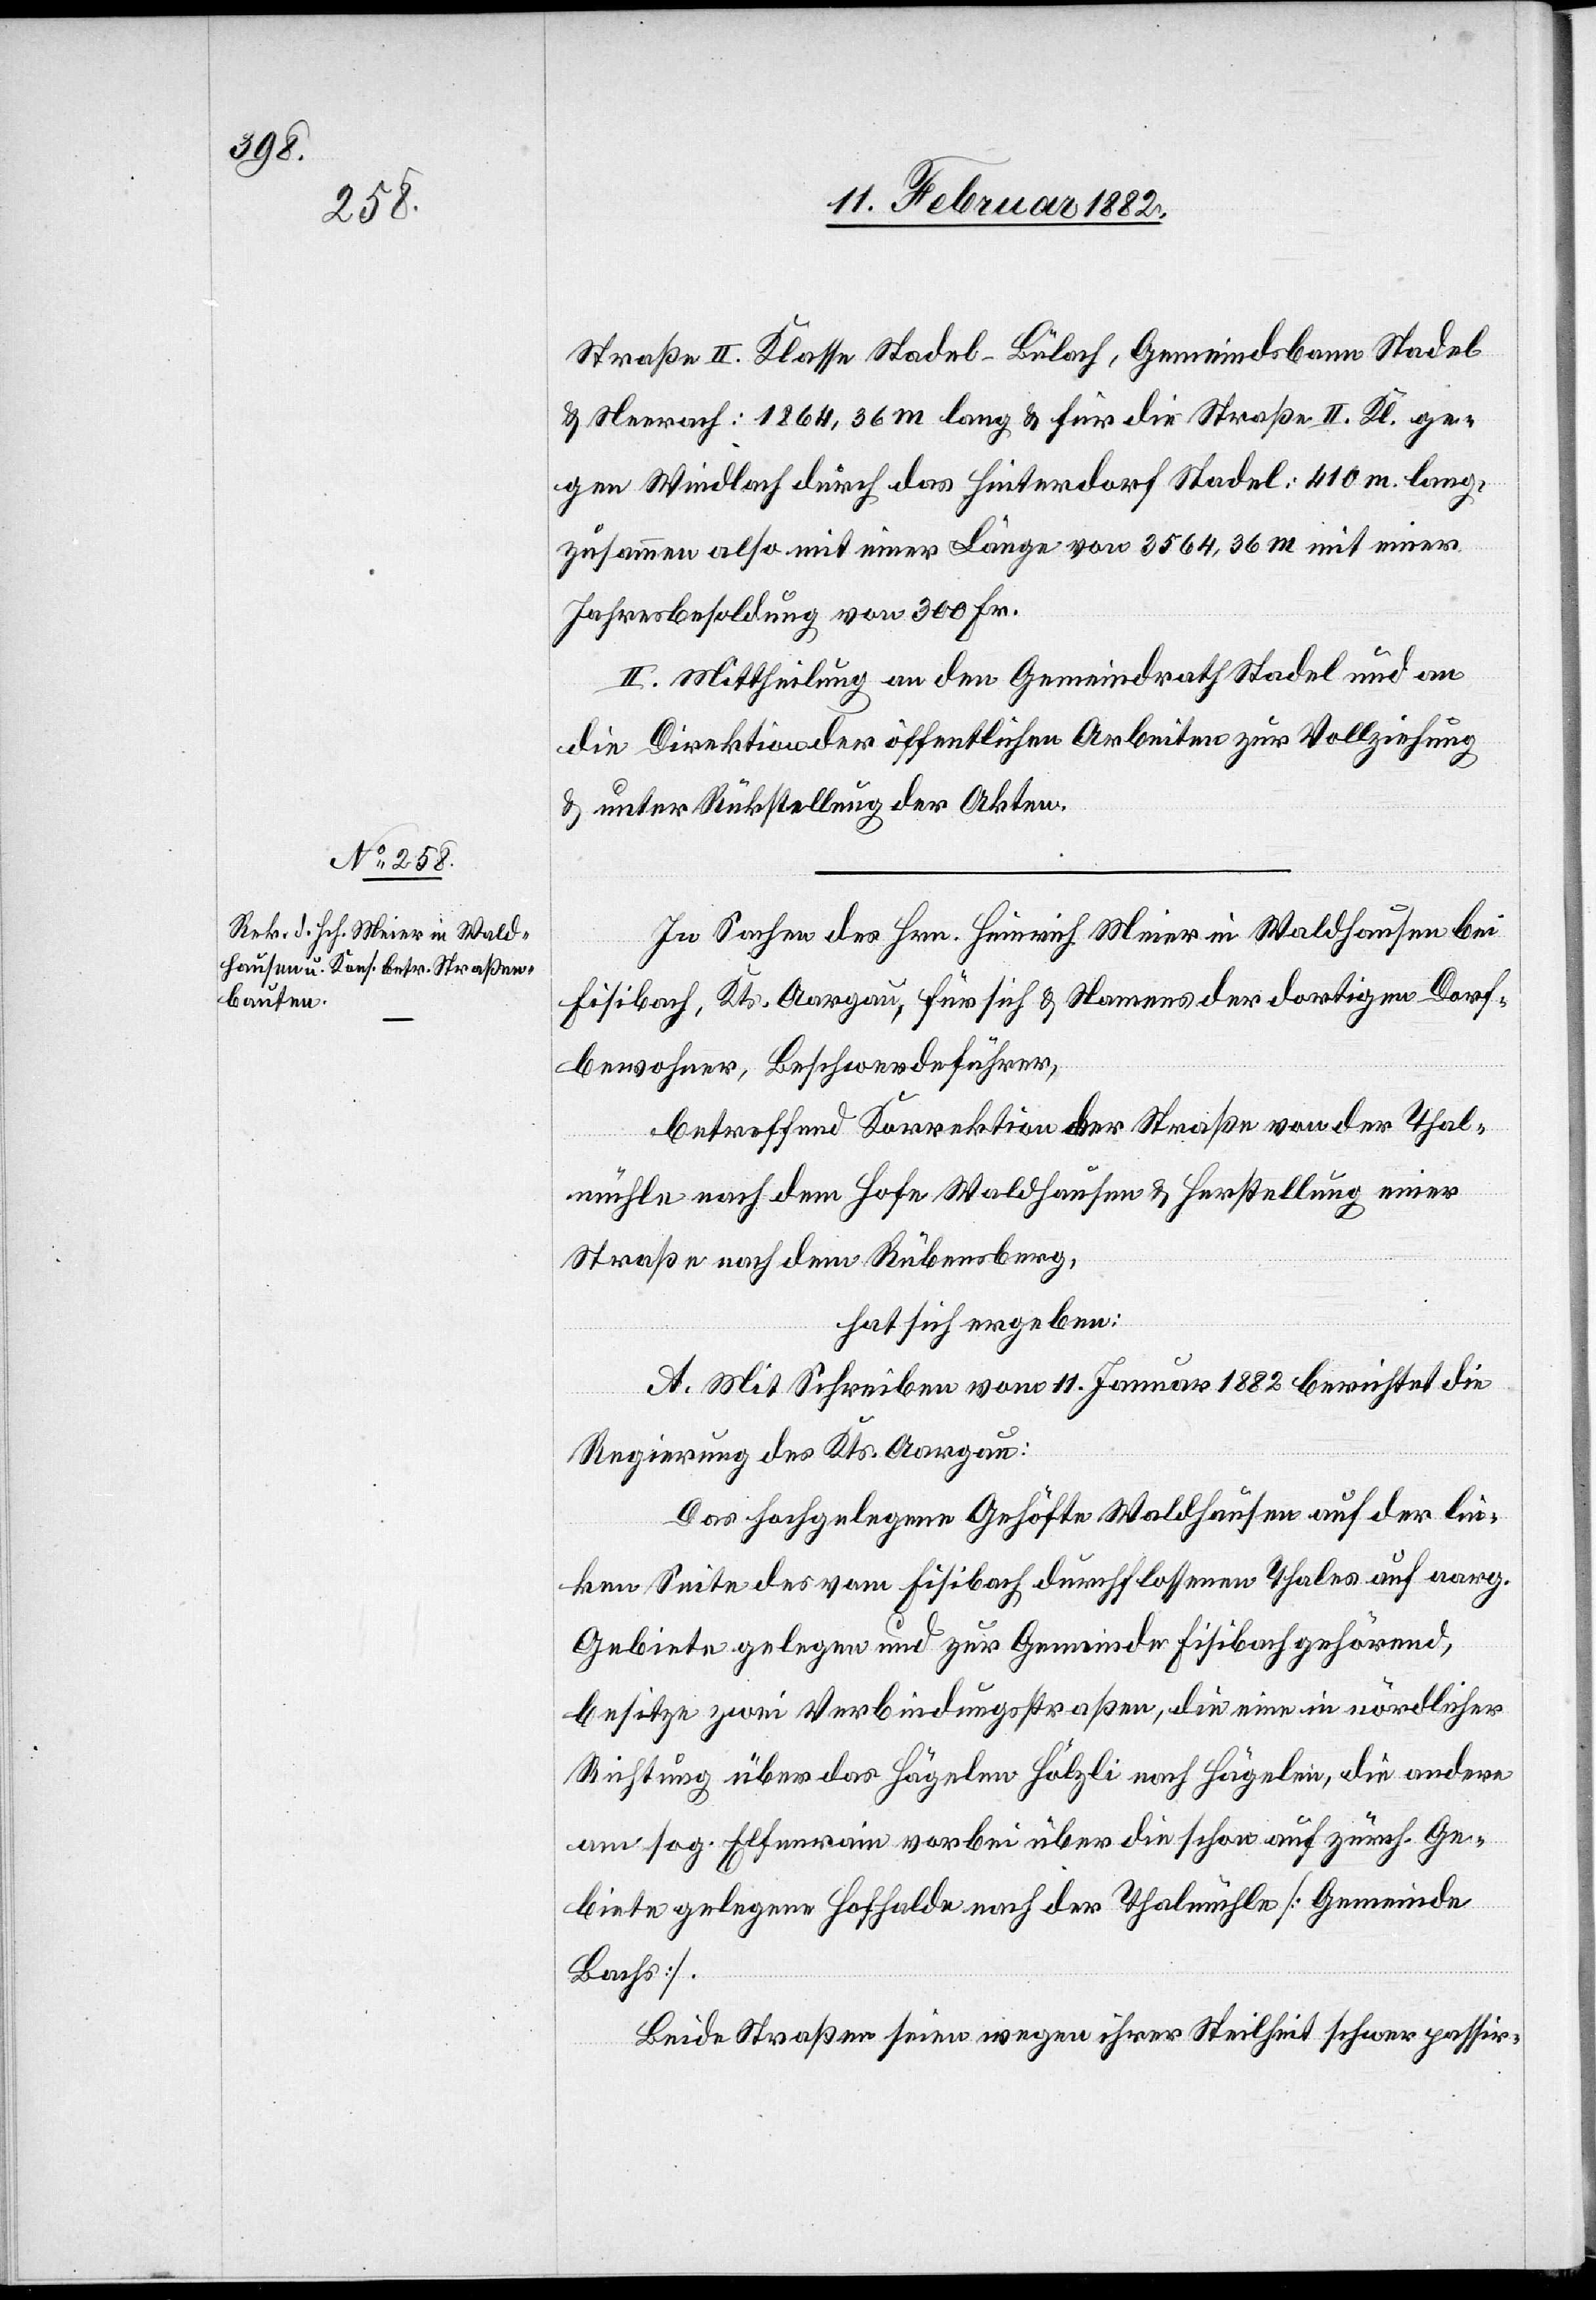
Straße II. Klasse Stadel–Bülach, Gemeindebann Stadel
& Neerach: 1864,36 m lang & für die Straße II. Kl. ge¬
gen Windlach durch das Hinterdorf Stadel: 410 m lang,
zusammen also mit einer Länge von 3564,36 m mit einer
Jahresbesoldung von 300 Fr.
II. Mittheilung an den Gemeindrath Stadel und an
die Direktion der öffentlichen Arbeiten zur Vollziehung
& unter Rückstellung der Akten.
In Sachen des Hrn. Heinrich Meier in Waldhausen bei
Fisibach Kts. Aargau für sich & Namens der dortigen Dorf¬
bewohner, Beschwerdeführer,
betreffend Korrektion der Straße von der Thal¬
mühle nach dem Hofe Waldhausen & Herstellung einer
Straße nach dem Rübensberg,
hat sich ergeben:
A. Mit Schreiben vom 1. Januar 1882 berichtet die
Regierung des Kts. Aargau:
Das hochgelegen Gehöfte Waldhausen auf der lin¬
ken Seite des vom Fisibach durchflossenen Thales auf aarg.
Gebiete gelegene und zur Gemeinde Fisibach gehöhrend,
besitze zwei Verbindungsstraßen, die eine in nördlicher
Richtung über das Hägelen Hölzli nach Hägelen, die andere
am sog. Elfenrain vorbei über die schon auf zürch. Ge¬
biet gelegene Hofhalde nach der Thalmühle [Gemeinde
Bachs].
Beide Straßen seien wegen ihrer Steilheit schwer passir-